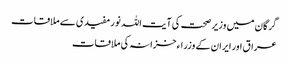
گرگان میں وزیر صحت کی آیت اللہ نور مفیدی سے ملاقات
عراق اور ایران کے وزراء خزانہ کی ملاقات